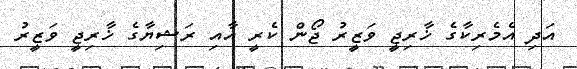
އަދި އެމެރިކާގެ ޚާރިޖީ ވަޒީރު ޖޯން ކެރީ އާއި ރަޝިޔާގެ ޚާރިޖީ ވަޒީރު